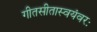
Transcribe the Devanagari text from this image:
गीतसीतास्वयंवरः